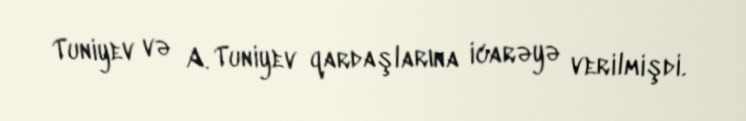
Tuniyev və A. Tuniyev qardaşlarına icarəyə verilmişdi.